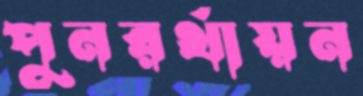
পুনরর্থায়ন